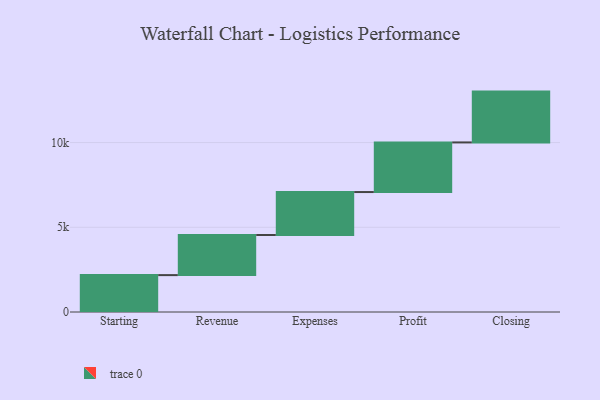
{"axis": {"x": "Step", "y": "Value"}, "legend": [""], "data": [{"x": "Starting", "y": 2177.0, "type": ""}, {"x": "Revenue", "y": 2369.0, "type": ""}, {"x": "Expenses", "y": 2534.0, "type": ""}, {"x": "Profit", "y": 2928.0, "type": ""}, {"x": "Closing", "y": 3000, "type": ""}]}